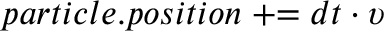
p a r t i c l e . p o s i t i o n \mathrel { + } \mathrel { = } d t \cdot \upsilon